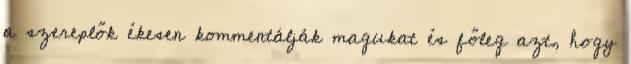
a szereplők ékesen kommentálják magukat és főleg azt, hogy